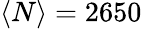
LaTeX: \langle N\rangle=2650